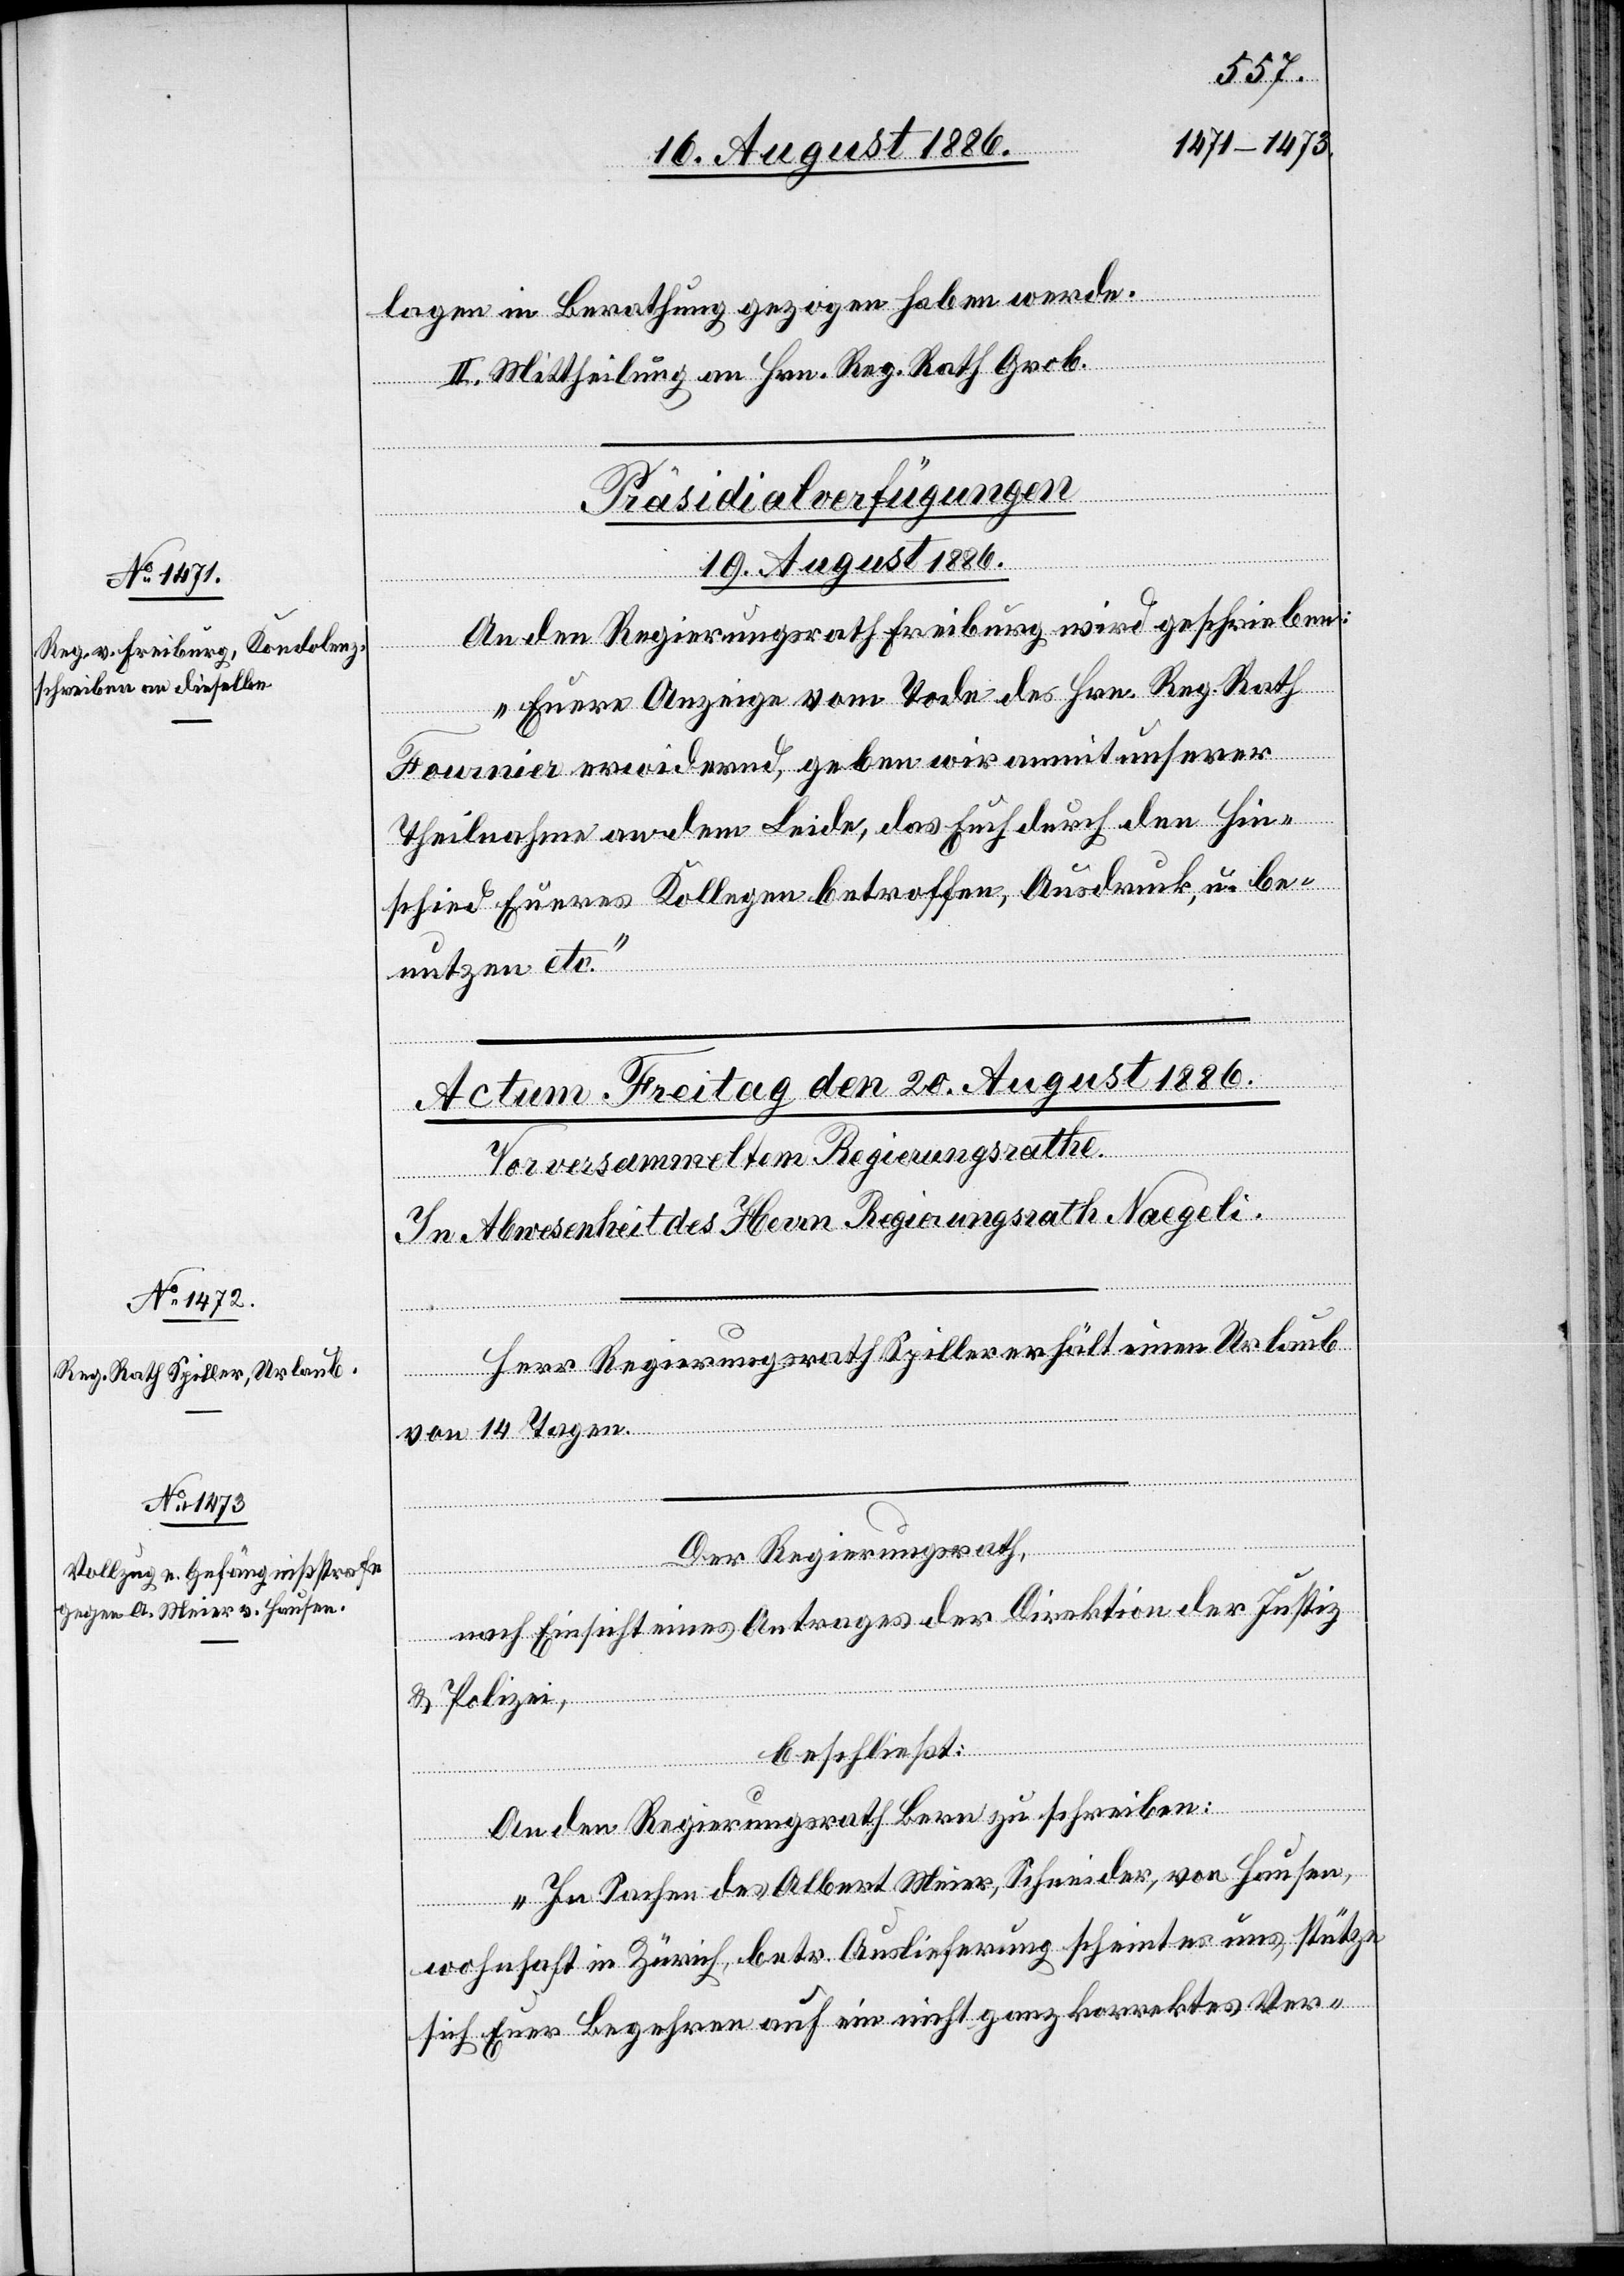
lagen in Berathung gezogen haben werde.
II. Mittheilung an Hrn. Reg. Rath Grob.
Präsidial-Verfügungen.
19. August 1886.
An den Regierungsrath Freiburg wird geschrieben:
„Euere Anzeige vom Tode des Hrn. Reg. Rath
Fournier erwidernd, geben wir anmit unserer
Theilnahme an dem Leide, das Euch durch den Hin¬
schied Eueres Kollegen betroffen, Ausdruck, u. be¬
nutzen etc.“
Herr Regierungsrath Spiller erhält einen Urlaub
von 14 Tagen.
Der Regierungsrath,
nach Einsicht eines Antrages der Direktion der Justiz
& Polizei,
beschließt:
An den Regierungsrath Bern zu schreiben:
„In Sachen des Albert Meier, Schneider, von Hausen,
wohnhaft in Zürich, betr. Auslieferung scheint es uns, stütze
sich Euer Begehren auf ein nicht ganz korrektes Ver-